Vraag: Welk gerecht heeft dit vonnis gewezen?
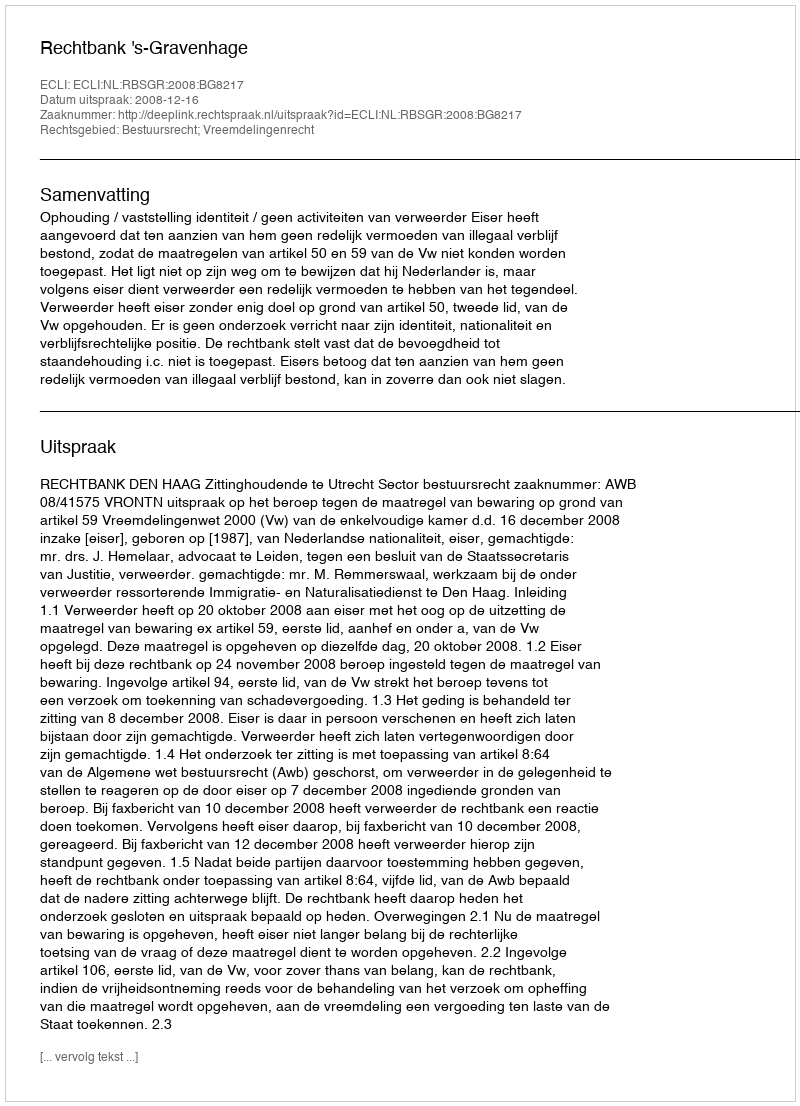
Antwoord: Rechtbank 's-Gravenhage